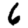
Digit: 6